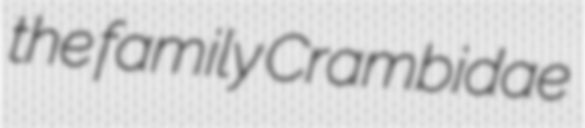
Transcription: the family Crambidae